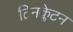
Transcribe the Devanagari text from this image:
टिनक्लेटन